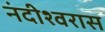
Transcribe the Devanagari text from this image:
नंदीश्वरास